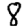
Digit: 8